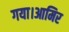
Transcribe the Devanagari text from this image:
गया।आमिर